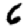
Digit: 6